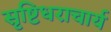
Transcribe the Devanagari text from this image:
सृष्टिधराचार्य